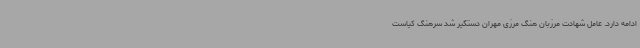
ادامه دارد. عامل شهادت مرزبان هنگ مرزی مهران دستگیر شد سرهنگ کیاست